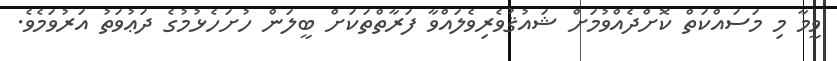
ވީމާ މި މަސައްކަތް ކޮށްދެއްވުމަށް ޝައުޤުވެރިވެލައްވާ ފަރާތްތަކަށް ބީލަން ހުށަހެޅުމުގެ ދަޢުވަތު އަރުވަމެވެ.